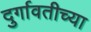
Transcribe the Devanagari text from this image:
दुर्गावतीच्या